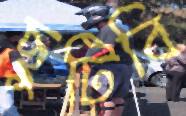
ছুটিবি